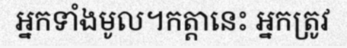
អ្នកទាំងមូល។កត្តានេះ អ្នកត្រូវ